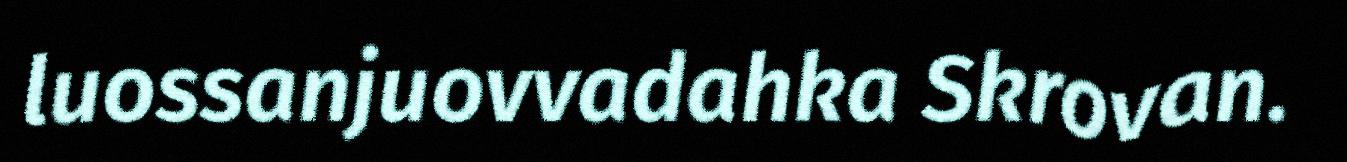
luossanjuovvadahka Skrovan.